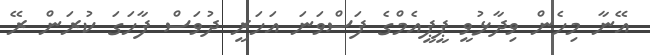
އޭނާ މިހެން ވިދާޅުވީ ޕީޕީއެމްގެ ފަސްވަނަ އަހަރީ ދުވަސް ފާހަގަ ކުރަން ރޭ